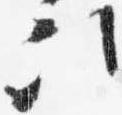
次